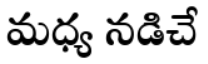
మధ్య నడిచే